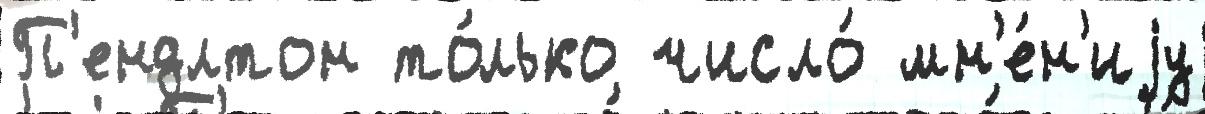
П'ендлтон то́лько число́ мн'е́н'иjу